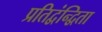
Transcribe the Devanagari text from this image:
प्रतिद्वंन्द्विता